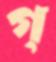
গ্